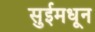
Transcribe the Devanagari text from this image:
सुईमधून